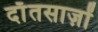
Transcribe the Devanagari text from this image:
दाँतसाज़ों